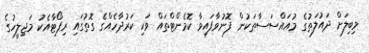
މިބިލަށް ދައުލަތުގެ މުއައްސަސާތަކުން ފޮނުވާފައިވާ ކޮމެންޓްތައް ވަކި ކަރުދާހެއްގެ ގޮތުގައި ރިޕޯޓާއެކު މަޖިލީހުގެ